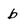
Character: b